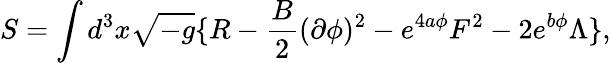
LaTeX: S=\int d^{3}x\sqrt{-g}\{ R-{\frac{B}{2}}(\partial\phi)^{2}-e^{4a\phi}F^{2}-2e^{b\phi}\Lambda\} ,